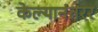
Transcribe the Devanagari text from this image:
केल्यानंतरर